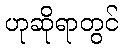
ဟုဆိုရာတွင်